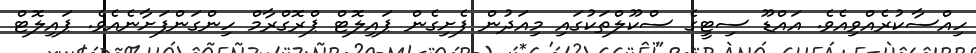
ހިއްސާކުރެއްވިއެވެ. އައްޑޫ ސިޓީގެ ސްކޫލްތަކުގައި މިއަދުން ފެށިގެން ޕައިލޮޓް ޕްރޮގްރާމް ހިންގަންފަށާނެއެވެ. ޕައިލޮޓް